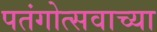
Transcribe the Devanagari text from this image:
पतंगोत्सवाच्या